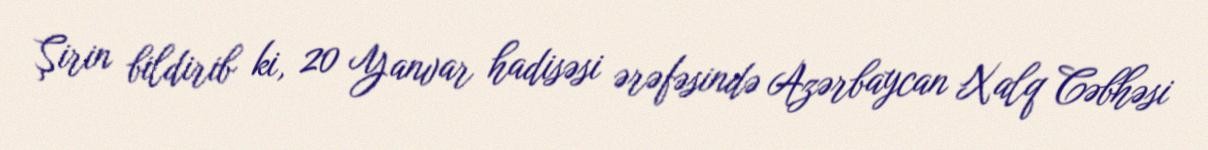
Şirin bildirib ki, 20 Yanvar hadisəsi ərəfəsində Azərbaycan Xalq Cəbhəsi